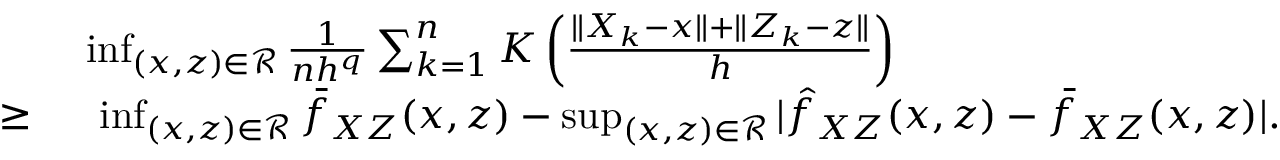
\begin{array} { r l } & { \operatorname* { i n f } _ { ( x , z ) \in \mathcal { R } } \frac { 1 } { n h ^ { q } } \sum _ { k = 1 } ^ { n } K \left( \frac { \| X _ { k } - x \| + \| Z _ { k } - z \| } { h } \right) } \\ { \geq \ } & { \ \operatorname* { i n f } _ { ( x , z ) \in \mathcal { R } } \bar { f } _ { X Z } ( x , z ) - \operatorname* { s u p } _ { ( x , z ) \in \mathcal { R } } | \hat { f } _ { X Z } ( x , z ) - \bar { f } _ { X Z } ( x , z ) | . } \end{array}